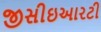
જીસીઇઆરટી